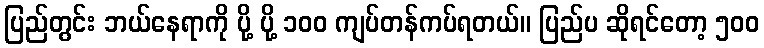
ပြည်တွင်း ဘယ်နေရာကို ပို့ ပို့ ၁၀၀ ကျပ်တန်ကပ်ရတယ်။ ပြည်ပ ဆိုရင်တော့ ၅၀၀